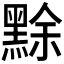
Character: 𪑏